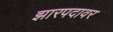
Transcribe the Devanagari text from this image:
झारपदावर